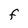
Character: f